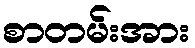
စာတမ်းအား